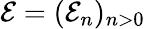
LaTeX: {\mathcal E}=({\mathcal E_{n}})_{n>0}